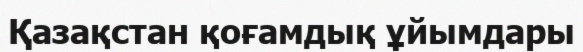
Қазақстан қоғамдық ұйымдары